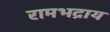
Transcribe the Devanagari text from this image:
रामभद्राय